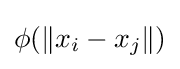
\phi (\|x_{i}-x_{j}\|)